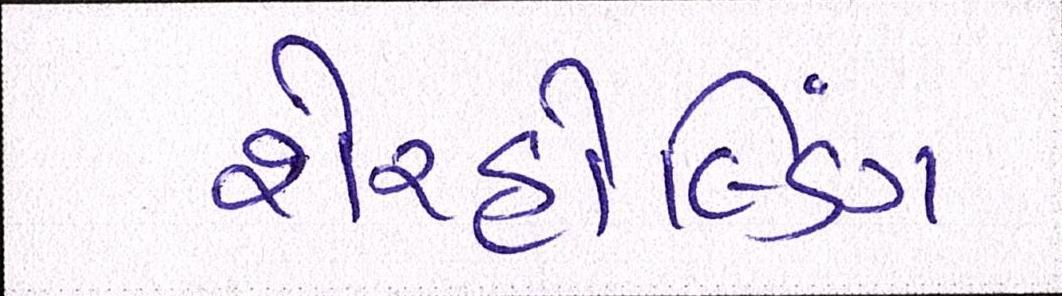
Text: શેરહોલ્ડિંગ